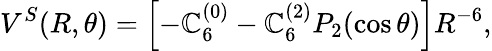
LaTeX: V^{S}(R,\theta)=\left[-\mathbb{C}_{6}^{(0)}-\mathbb{C}_{6}^{(2)}P_{2}(\cos\theta)\right]R^{-6},